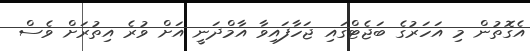
އެގޮތުން މި އަހަރުގެ ބަޖެޓްގައި ޖަހާފައިވާ އާމްދަނީ އަށް ވުރެ އިތުރަށް ވެސް